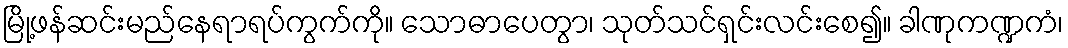
မြို့ဖန်ဆင်းမည်နေရာရပ်ကွက်ကို။ သောဓာပေတွာ၊ သုတ်သင်ရှင်းလင်းစေ၍။ ခါဏုကဏ္ဍကံ၊